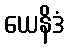
ယေနိဒံ